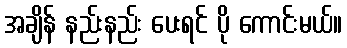
အချိန် နည်းနည်း ပေးရင် ပို ကောင်းမယ်။